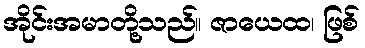
အိုင်းအမာတို့သည်။ ဇာယေထ၊ ဖြစ်